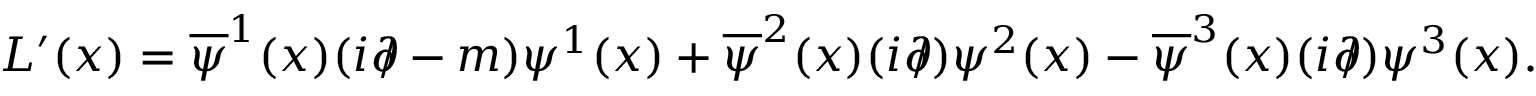
{ \cal L } ^ { \prime } ( x ) = \overline { { { \psi } } } ^ { 1 } ( x ) ( i \partial \! \! \! / - m ) \psi ^ { 1 } ( x ) + \overline { { { \psi } } } ^ { 2 } ( x ) ( i \partial \! \! \! / ) \psi ^ { 2 } ( x ) - \overline { { { \psi } } } ^ { 3 } ( x ) ( i \partial \! \! \! / ) \psi ^ { 3 } ( x ) .